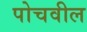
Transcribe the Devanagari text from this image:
पोचवील